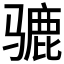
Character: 𫠋